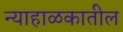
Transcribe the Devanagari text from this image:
न्याहाळकातील